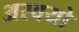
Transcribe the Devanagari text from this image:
अस्वयो